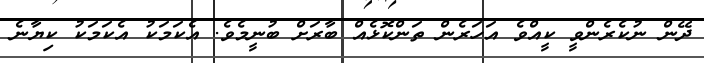
ދޭން ނުކެރެންވީ ކީއްވެ އަހަރެން ތަންކޮޅެއް ބާރަށް ބުނީމެވެ. އެކަމަކު އެކަމަކު ކިޔާނެ